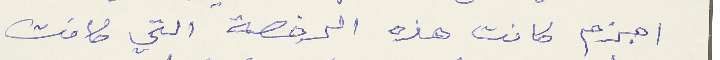
اجزم كانت هذه الرخصة التي كانت